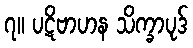
၇။ ပဋိဗာဟန သိက္ခာပုဒ်